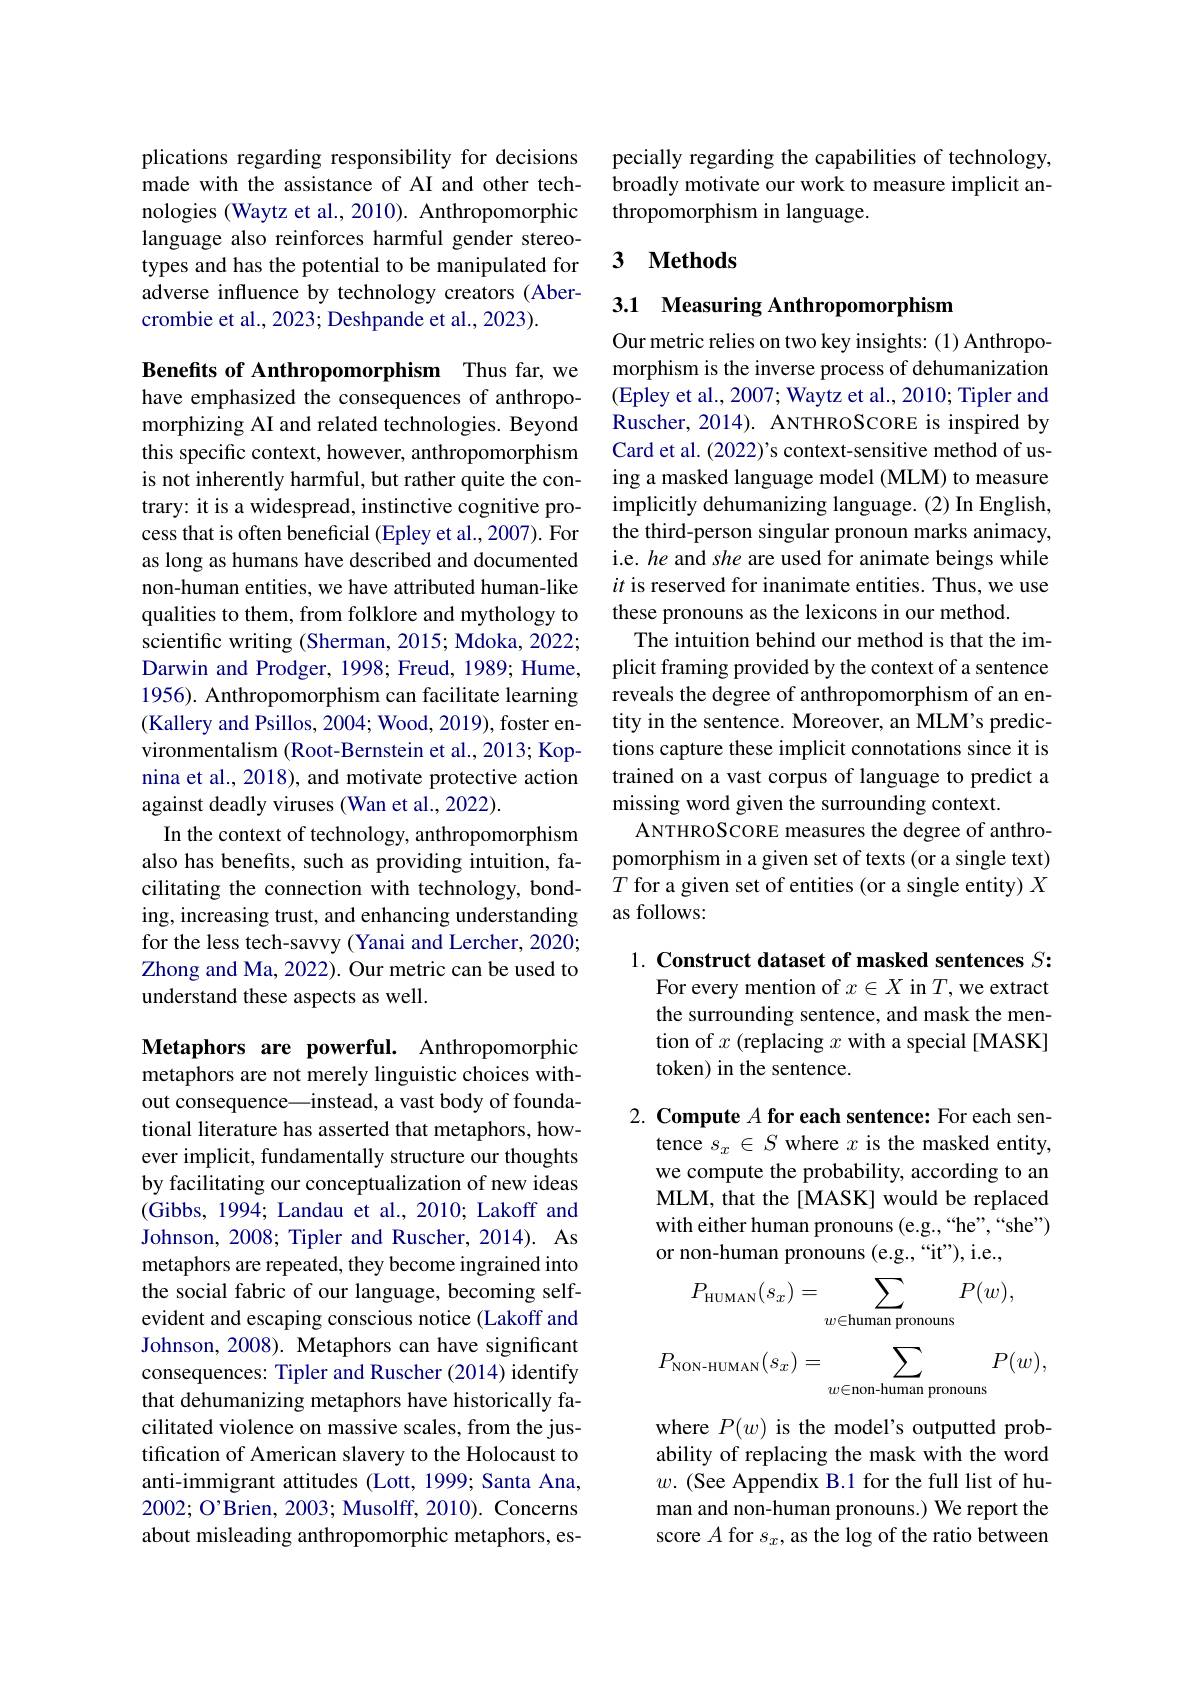
plications regarding responsibility for decisions made with the assistance of AI and other technologies (Waytz et al., 2010). Anthropomorphic language also reinforces harmful gender stereotypes and has the potential to be manipulated for adverse influence by technology creators (Abercrombie et al., 2023; Deshpande et al., 2023).

Benefits of Anthropomorphism Thus far, we have emphasized the consequences of anthropomorphizing AI and related technologies. Beyond this specific context, however, anthropomorphism is not inherently harmful, but rather quite the contrary: it is a widespread, instinctive cognitive process that is often beneficial (Epley et al., 2007). For as long as humans have described and documented non-human entities, we have attributed human-like qualities to them, from folklore and mythology to scientific writing (Sherman, 2015; Mdoka, 2022; Darwin and Prodger, 1998; Freud, 1989; Hume, 1956). Anthropomorphism can facilitate learning (Kallery and Psillos, 2004; Wood, 2019), foster environmentalism (Root-Bernstein et al., 2013; Kopnina et al., 2018), and motivate protective action against deadly viruses (Wan et al., 2022).
In the context of technology, anthropomorphism also has benefits, such as providing intuition, facilitating the connection with technology, bonding, increasing trust, and enhancing understanding for the less tech-savvy (Yanai and Lercher, 2020; Zhong and Ma, 2022). Our metric can be used to understand these aspects as well.

Metaphors are powerful. Anthropomorphic metaphors are not merely linguistic choices without consequence\_instead, a vast body of foundational literature has asserted that metaphors, however implicit, fundamentally structure our thoughts by facilitating our conceptualization of new ideas (Gibbs, 1994; Landau et al., 2010; Lakoff and Johnson, 2008; Tipler and Ruscher, 2014). As metaphors are repeated, they become ingrained into the social fabric of our language, becoming selfevident and escaping conscious notice (Lakoff and Johnson, 2008). Metaphors can have significant consequences: Tipler and Ruscher (2014) identify that dehumanizing metaphors have historically facilitated violence on massive scales, from the justification of American slavery to the Holocaust to anti-immigrant attitudes (Lott, 1999; Santa Ana, 2002; O'Brien, 2003; Musolff, 2010). Concerns about misleading anthropomorphic metaphors, es-

pecially regarding the capabilities of technology, broadly motivate our work to measure implicit anthropomorphism in language.

### 3 $\textbf{Methods}$

## 3.1 Measuring Anthropomorphism

Our metric relies on two key insights: (1) Anthropomorphism is the inverse process of dehumanization (Epley et al., 2007; Waytz et al., 2010; Tipler and Ruscher, 2014). ANTHROSCORE is inspired by Card et al. (2022)'s context-sensitive method of using a masked language model (MLM) to measure implicitly dehumanizing language. (2) In English, the third-person singular pronoun marks animacy, i.e. he and she are used for animate beings while $it$ is reserved for inanimate entities. Thus, we use these pronouns as the lexicons in our method.
The intuition behind our method is that the implicit framing provided by the context of a sentence reveals the degree of anthropomorphism of an entity in the sentence. Moreover, an MLM's predictions capture these implicit connotations since it is trained on a vast corpus of language to predict a missing word given the surrounding context.
ANTHROSCORE measures the degree of anthropomorphism in a given set of texts (or a single text) $T$ for a given set of entities (or a single entity) $X$ as follows:

1. Construct dataset of masked sentences $S:$
For every mention of $x\in X$ in $T$,we extract the surrounding sentence, and mask the mention of $x$ (replacing $x$ with a special[MASK] token) in the sentence.

2. Compute $A$ for each sentence: For each sen-
tence $s_x\in S$ where $x$ is the masked entity, we compute the probability, according to an MLM, that the [MASK] would be replaced with either human pronouns (e.g.,“he”,“she”) or non-human pronouns (e.g.,“it"),i.e.,
$$P_{\text{HUMAN}}(s_x)=\sum_{w\in\text{human pronouns}}P(w),$$
$$P_{\text{NON-HUMAN}}(s_x)=\sum_{w\in\text{non-human pronouns}}P(w),$$
where $P(w)$ is the model's outputted probability of replacing the mask with the word $w.$ (See Appendix B.1 for the full list of human and non-human pronouns.) We report the score $A$ for $s_x$,as the log of the ratio between